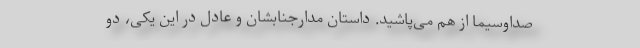
صداوسیما از هم می‌پاشید. داستان مدارجنابشان و عادل در این یکی، دو